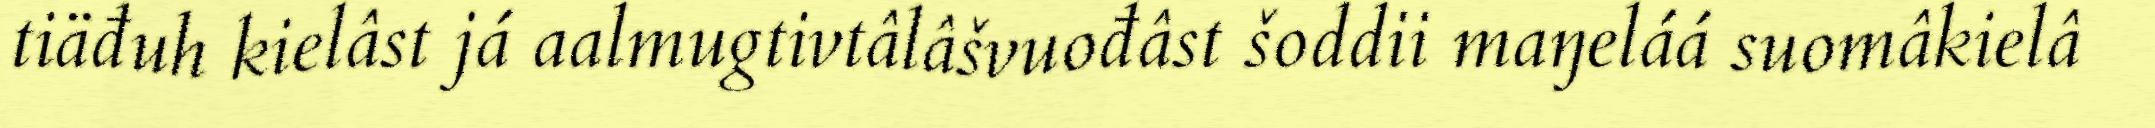
tiäđuh kielâst já aalmugtivtâlâšvuođâst šoddii maŋeláá suomâkielâ